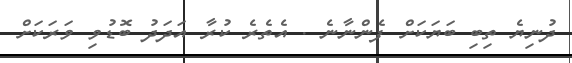
ދުނިޔެ ތިބި ބަޔަކަށް ފެންނާނެ . އެތެރެ ކުރާ އަދަދު ބޮޑުވި ވަރަކަށް